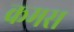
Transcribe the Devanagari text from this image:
कमस